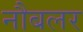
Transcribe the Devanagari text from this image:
नौबलर